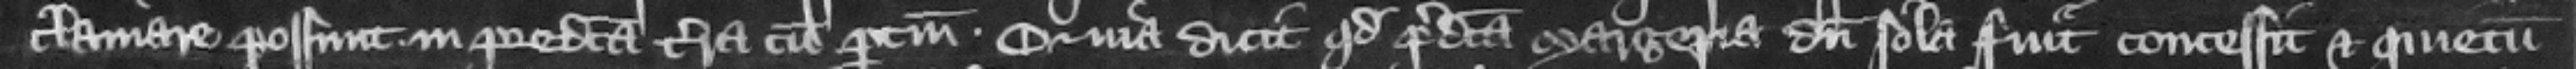
clamare possunt in predicta terra cum pertinenciis. Quia dicit quod predicta Margeria dum sola fuit concessit et quietum